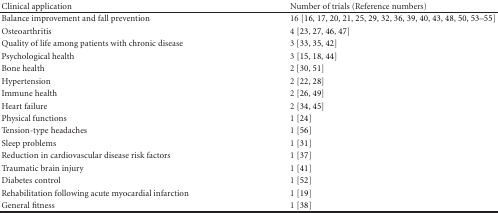
<table><thead><tr><td><b>Clinical application</b></td><td><b>Number of trials (Reference numbers)</b></td></tr></thead><tbody><tr><td>Balance improvement and fall prevention</td><td>16 [16, 17, 20, 21, 25, 29, 32, 36, 39, 40, 43, 48, 50, 53–55]</td></tr><tr><td>Osteoarthritis</td><td>4 [23, 27, 46, 47]</td></tr><tr><td>Quality of life among patients with chronic disease</td><td>3 [33, 35, 42]</td></tr><tr><td>Psychological health</td><td>3 [15, 18, 44]</td></tr><tr><td>Bone health</td><td>2 [30, 51]</td></tr><tr><td>Hypertension</td><td>2 [22, 28]</td></tr><tr><td>Immune health</td><td>2 [26, 49]</td></tr><tr><td>Heart failure</td><td>2 [34, 45]</td></tr><tr><td>Physical functions</td><td>1 [24]</td></tr><tr><td>Tension-type headaches</td><td>1 [56]</td></tr><tr><td>Sleep problems</td><td>1 [31]</td></tr><tr><td>Reduction in cardiovascular disease risk factors</td><td>1 [37]</td></tr><tr><td>Traumatic brain injury</td><td>1 [41]</td></tr><tr><td>Diabetes control</td><td>1 [52]</td></tr><tr><td>Rehabilitation following acute myocardial infarction</td><td>1 [19]</td></tr><tr><td>General fitness</td><td>1 [38]</td></tr></tbody></table>